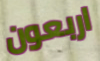
اربعون